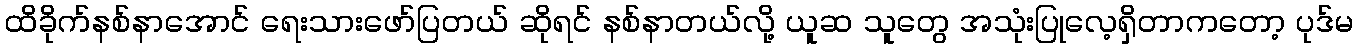
ထိခိုက်နစ်နာအောင် ရေးသားဖော်ပြတယ် ဆိုရင် နစ်နာတယ်လို့ ယူဆ သူတွေ အသုံးပြုလေ့ရှိတာကတော့ ပုဒ်မ